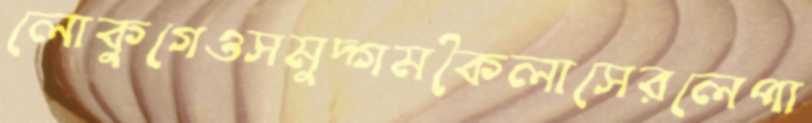
লোকুগেওসমুদ্গমকৈলাসেরলেপা